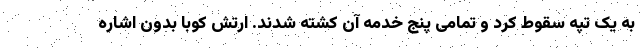
به یک تپه سقوط کرد و تمامی پنج خدمه آن کشته شدند. ارتش کوبا بدون اشاره